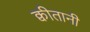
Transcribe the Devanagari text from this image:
क्वीतानी